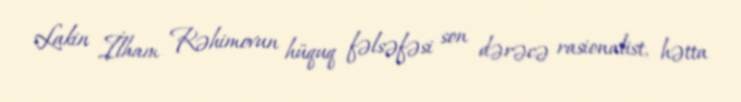
Lakin İlham Rəhimovun hüquq fəlsəfəsi son dərəcə rasionalist, hətta